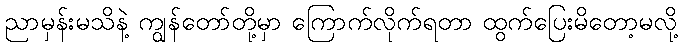
ညာမှန်းမသိနဲ့ ကျွန်တော်တို့မှာ ကြောက်လိုက်ရတာ ထွက်ပြေးမိတော့မလို့